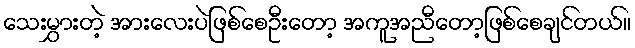
သေးမွှားတဲ့ အားလေးပဲဖြစ်စေဦးတော့ အကူအညီတော့ဖြစ်စေချင်တယ်။